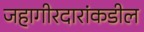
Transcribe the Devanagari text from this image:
जहागीरदारांकडील